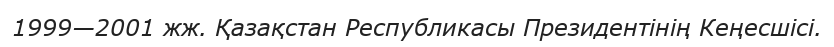
1999—2001 жж. Қазақстан Республикасы Президентінің Кеңесшісі.